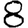
Digit: 8